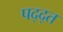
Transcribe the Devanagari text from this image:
पद्द्त